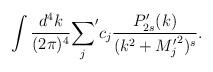
LaTeX: \begin{align*}\int{d^4k\over (2\pi)^4}{\sum_j}^\prime c_j{P^\prime_{2s}(k)\over (k^2+{M_j^\prime}^2)^s}.\end{align*}